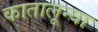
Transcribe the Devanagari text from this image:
कातालून्या